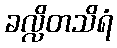
ခလ္လိတသိရံ